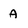
Character: A